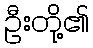
ဦးတို့၏